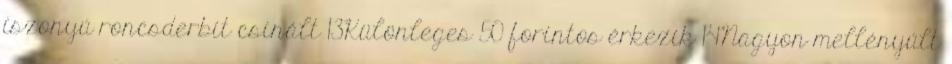
iszonyú roncsderbit csinált 13Különleges 50 forintos érkezik 14Nagyon mellényúlt